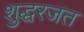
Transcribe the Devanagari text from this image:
शुद्धरजत